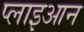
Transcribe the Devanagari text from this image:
प्लाइआन